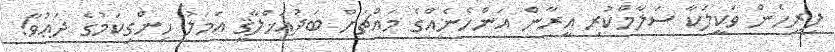
ފިރިހެން ވަކީލަކާ ސަލާމްކުރި އީރާން އަންހެނެއްގެ މައްޗަށް ބަދުއަޚްލާޤީ އަމަލު ހިންގިކަމުގެ ދަޢުވާ!